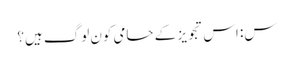
س: اس تجویز کے حامی کون لوگ ہیں؟